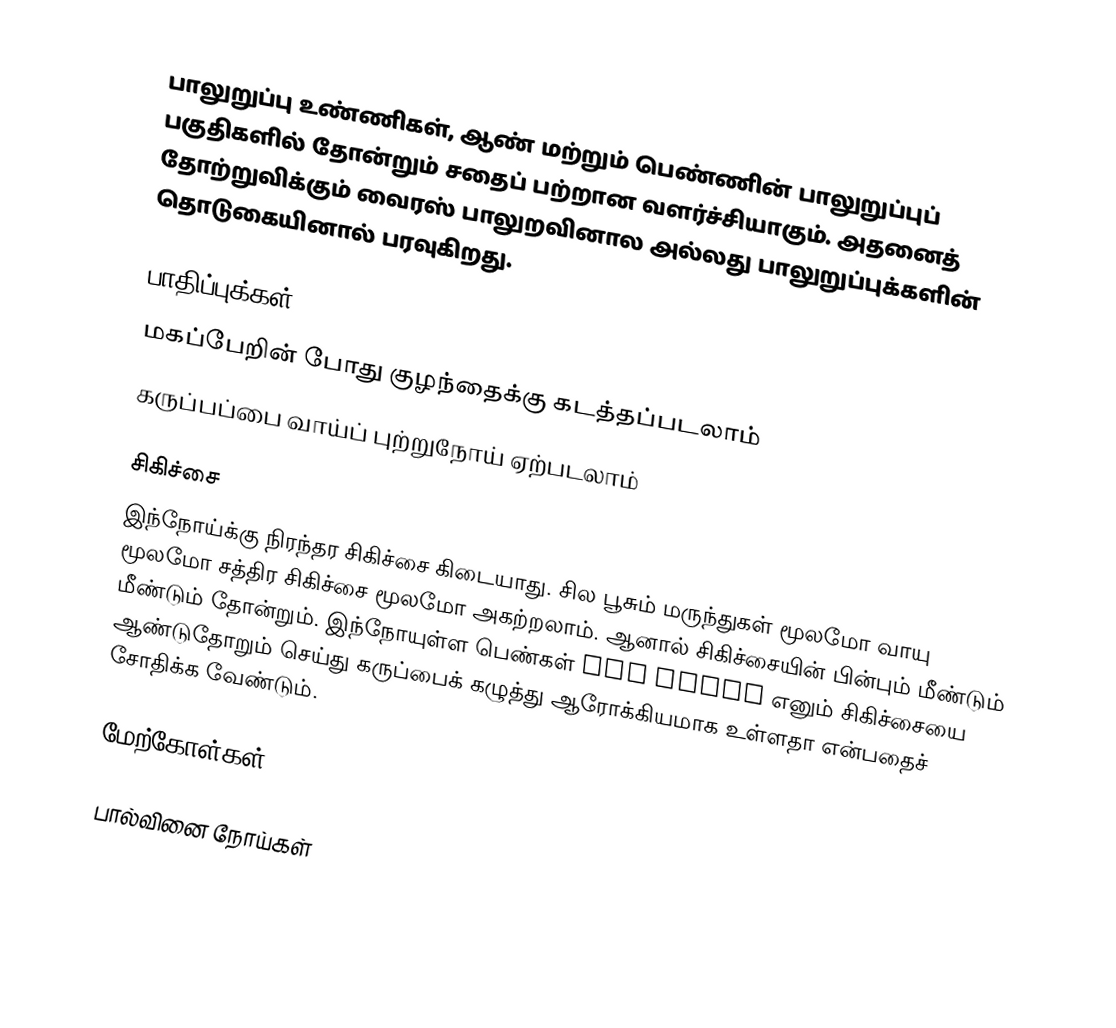
பாலுறுப்பு உண்ணிகள், ஆண் மற்றும் பெண்ணின் பாலுறுப்புப் பகுதிகளில் தோன்றும் சதைப் பற்றான வளர்ச்சியாகும். அதனைத் தோற்றுவிக்கும் வைரஸ் பாலுறவினால அல்லது பாலுறுப்புக்களின் தொடுகையினால் பரவுகிறது.

பாதிப்புக்கள்
 மகப்பேறின் போது குழந்தைக்கு கடத்தப்படலாம்
 கருப்பப்பை வாய்ப் புற்றுநோய் ஏற்படலாம்

சிகிச்சை
இந்நோய்க்கு நிரந்தர சிகிச்சை கிடையாது. சில பூசும் மருந்துகள் மூலமோ வாயு மூலமோ சத்திர சிகிச்சை மூலமோ அகற்றலாம். ஆனால் சிகிச்சையின் பின்பும் மீண்டும் மீண்டும் தோன்றும். இந்நோயுள்ள பெண்கள் PAP SMEAR எனும் சிகிச்சையை ஆண்டுதோறும் செய்து கருப்பைக் கழுத்து ஆரோக்கியமாக உள்ளதா என்பதைச் சோதிக்க வேண்டும்.

மேற்கோள்கள்

பால்வினை நோய்கள்